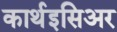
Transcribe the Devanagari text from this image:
कार्थइसिअर